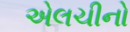
એલચીનો